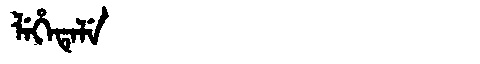
Manchu: ᠯᡝᡥᡝᡨᡝᠯᡝ
Romanization: LEHETELE